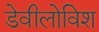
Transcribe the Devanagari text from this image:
डेवीलोविश